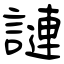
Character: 謰